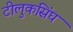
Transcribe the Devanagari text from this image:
टीलुकसिंघ